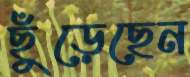
ছুঁড়েছেন